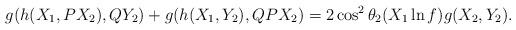
LaTeX: \begin{align*}g(h(X_1,PX_2),QY_2)+g(h(X_1,Y_2),QPX_2)=2\cos^2\theta_2(X_1 \ln f)g(X_2,Y_2).\end{align*}